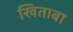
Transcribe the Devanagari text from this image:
खिताबा